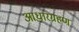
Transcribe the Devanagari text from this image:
आधारग्रहण